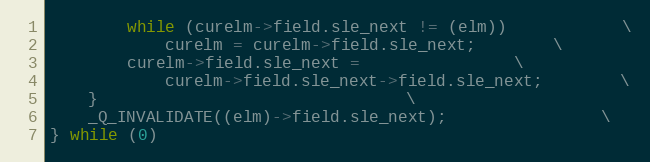
Language: C
		while (curelm->field.sle_next != (elm))			\
			curelm = curelm->field.sle_next;		\
		curelm->field.sle_next =				\
		    curelm->field.sle_next->field.sle_next;		\
	}								\
	_Q_INVALIDATE((elm)->field.sle_next);				\
} while (0)